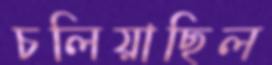
চলিয়াছিল